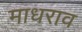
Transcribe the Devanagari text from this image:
माधराव